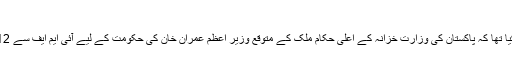
آخری بار اپ ڈیٹ کیا گیا: جولائی 31, 2018
ایک مؤقر اخبار 'فنانشل ٹائمز' نے اتوار کو اپنی ایک رپورٹ میں دعویٰ کیا تھا کہ پاکستان کی وزارتِ خزانہ کے اعلیٰ حکام ملک کے متوقع وزیرِ اعظم عمران خان کی حکومت کے لیے آئی ایم ایف سے 12 ارب ڈالر کا بیل آؤٹ پیکج حاصل کرنے کی منصوبہ بندی کر رہے ہیں۔